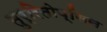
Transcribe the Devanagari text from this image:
तुर्रितोप्सिस